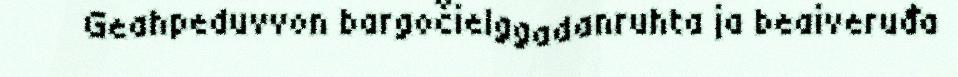
Geahpeduvvon bargočielggadanruhta ja beaiveruđa